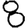
Digit: 8